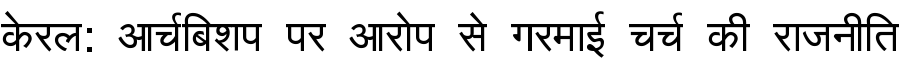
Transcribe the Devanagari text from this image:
केरल: आर्चबिशप पर आरोप से गरमाई चर्च की राजनीति